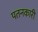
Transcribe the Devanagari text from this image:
पतनकारी